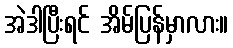
အဲဒါပြီးရင် အိမ်ပြန်မှာလား။